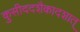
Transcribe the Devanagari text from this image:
कुसीददशैकादशात्